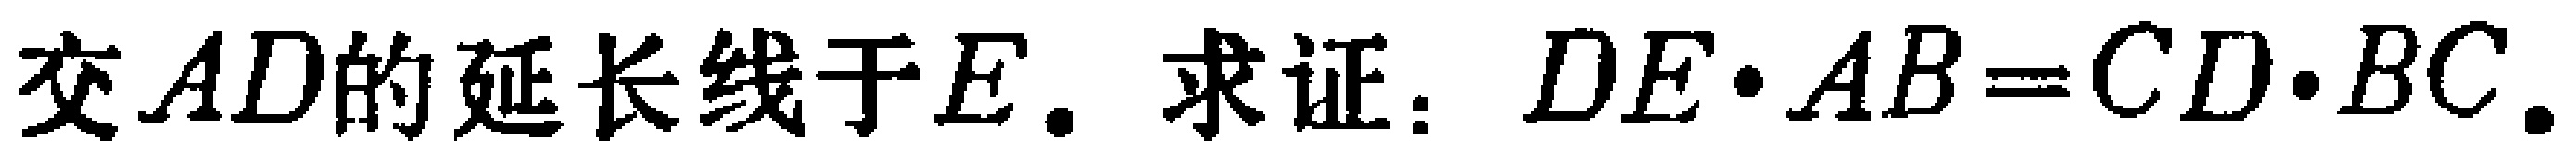
交\(AD\)的延长线于\(E\). 求证：\(DE\cdot AB = CD\cdot BC\).